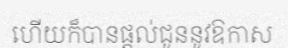
ហើយក៏បានផ្តល់ជូននូវឱកាស